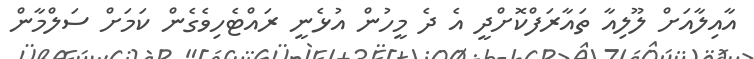
އާއިލާއަށް ލޫލިއާ ތައާރަފްކޮށްދީ އެ ދެ މީހުން އުޅެނީ ރައްޓެހިވެގެން ކަމަށް ސަލްމާން